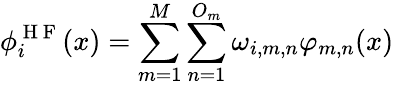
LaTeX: \phi_{i}^{\mathrm{~H~F~}}(x)=\sum_{m=1}^{M}\sum_{n=1}^{O_{m}}\omega_{i,m,n}\varphi_{m,n}(x)